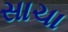
સાચા